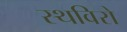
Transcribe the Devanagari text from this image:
स्थविरो